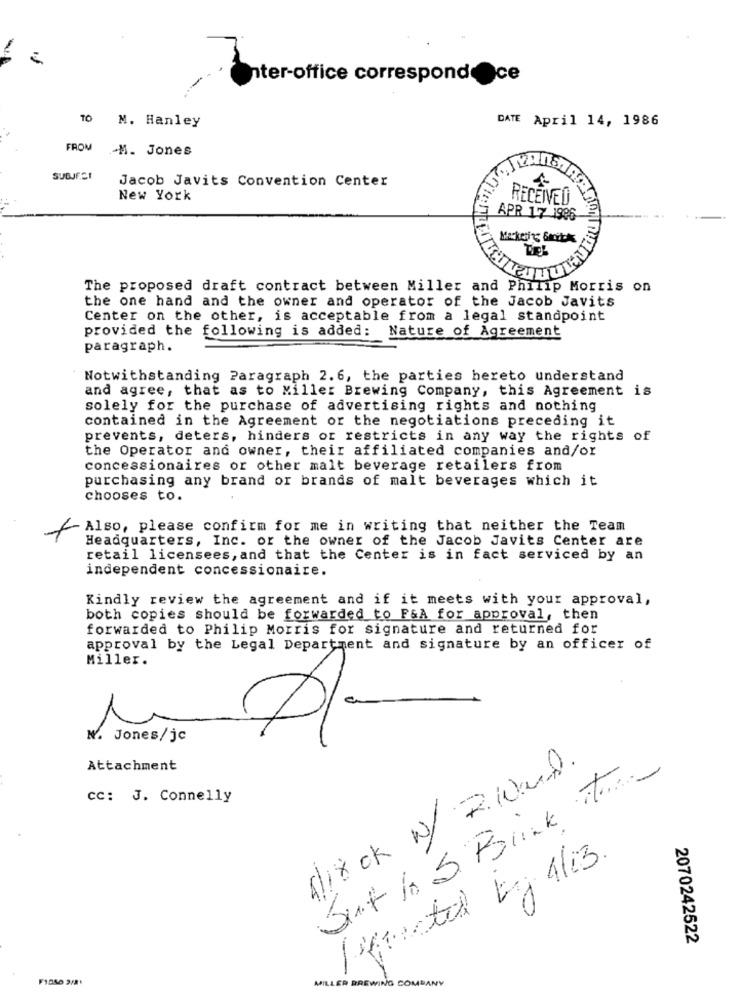
nter-office correspondOce
10 M. Hanley
DATE April 14, 1986
FROM M. Jones
SUBJECT
Jacob Javits Convention Center
New York
RECEIVED
APR 17 1996
Marketing Gondok
The proposed draft contract between Miller and Philip Morris on
the one hand and the owner and operator of the Jacob Javits
Center on the other, is acceptable from a legal standpoint
provided the following is added: Nature of Agreement
paragraph.
Notwithstanding Paragraph 2.6, the parties hereto understand
and agree, that as to Miller Brewing Company, this Agreement is
solely for the purchase of advertising rights and nothing
contained in the Agreement or the negotiations preceding it
prevents, deters, hinders or restricts in any way the rights of
the Operator and owner, their affiliated companies and/or
concessionaires or other malt beverage retailers from
purchasing any brand or brands of malt beverages which it
chooses to.
Also, please confirm for me in writing that neither the Team
Headquarters, Inc. or the owner of the Jacob Javits Center are
retail licensees, and that the Center is in fact serviced by an
independent concessionaire.
Kindly review the agreement and if it meets with your approval,
both copies should be forwarded to F&A for approval, then
forwarded to Philip Morris for signature and returned for
approval by the Legal Department and signature by an officer of
Miller.
N. Jones/jc
Attachment
Alix ok N/ 2.What.
Suit / S. Bink Time
cc: J. Connelly
3.
Prected by 4/03.
2070242522
MILLER BREWING COMPANY